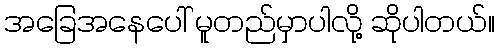
အခြေအနေပေါ် မူတည်မှာပါလို့ ဆိုပါတယ်။